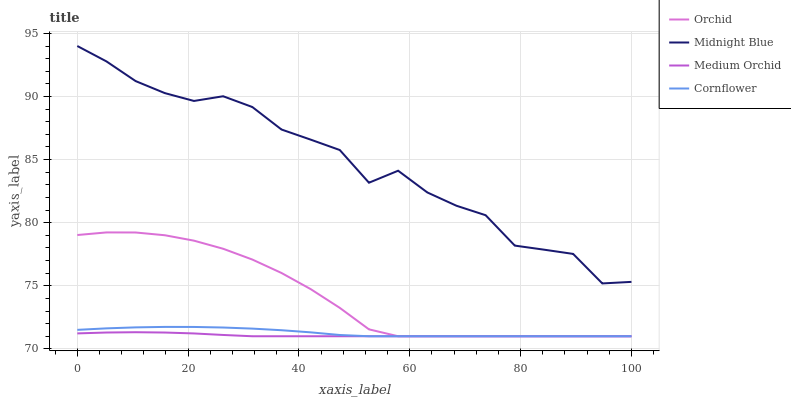
| xaxis_label | Orchid | Midnight Blue | Medium Orchid | Cornflower |
 | --- | --- | --- | --- | --- |
 | 0 | 79 | 94 | 71.2 | 71.5 |
 | 5.26 | 79.2 | 92.8 | 71.3 | 71.6 |
 | 10.5 | 79.2 | 91.2 | 71.3 | 71.7 |
 | 15.8 | 79 | 90.3 | 71.3 | 71.7 |
 | 21.1 | 78.6 | 89.6 | 71.2 | 71.7 |
 | 26.3 | 77.9 | 90 | 71.1 | 71.7 |
 | 31.6 | 77.1 | 89.2 | 71 | 71.6 |
 | 36.8 | 76 | 87.4 | 71 | 71.5 |
 | 42.1 | 74.7 | 86.6 | 71 | 71.3 |
 | 47.4 | 73.2 | 85.8 | 71 | 71.1 |
 | 52.6 | 71.5 | 83.2 | 71 | 71 |
 | 57.9 | 71 | 84.1 | 71 | 71 |
 | 63.2 | 71 | 82.4 | 71 | 71 |
 | 68.4 | 71 | 81.3 | 71 | 71 |
 | 73.7 | 71 | 80.6 | 71 | 71 |
 | 78.9 | 71 | 78.2 | 71 | 71 |
 | 84.2 | 71 | 77.9 | 71 | 71 |
 | 89.5 | 71 | 77.5 | 71 | 71 |
 | 94.7 | 71 | 75.2 | 71 | 71 |
 | 100 | 71 | 75.3 | 71 | 71 |